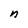
Character: n